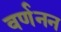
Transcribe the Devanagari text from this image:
वर्णनन